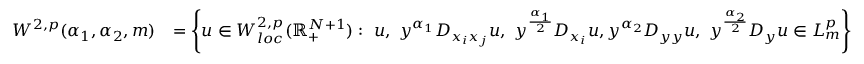
\begin{array} { r l } { W ^ { 2 , p } ( \alpha _ { 1 } , \alpha _ { 2 } , m ) } & { = \left\{ u \in W _ { l o c } ^ { 2 , p } ( \mathbb { R } _ { + } ^ { N + 1 } ) : \ u , \ y ^ { \alpha _ { 1 } } D _ { x _ { i } x _ { j } } u , \ y ^ { \frac { \alpha _ { 1 } } { 2 } } D _ { x _ { i } } u , y ^ { \alpha _ { 2 } } D _ { y y } u , \ y ^ { \frac { \alpha _ { 2 } } { 2 } } D _ { y } u \in L _ { m } ^ { p } \right\} } \end{array}